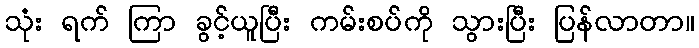
သုံး ရက် ကြာ ခွင့်ယူပြီး ကမ်းစပ်ကို သွားပြီး ပြန်လာတာ။